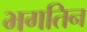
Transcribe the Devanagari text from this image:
भगतिन